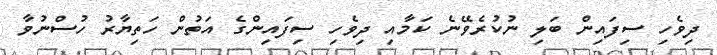
ދިވެހި ސިފައިން ބަލި ނުކުރެވޭނެ ކަމާއި ދިވެހި ސިފައިންގެ އަތުން ހަތިޔާރު ހުސްނުވާ